Scottish Leaving Certificate Examination, 1956
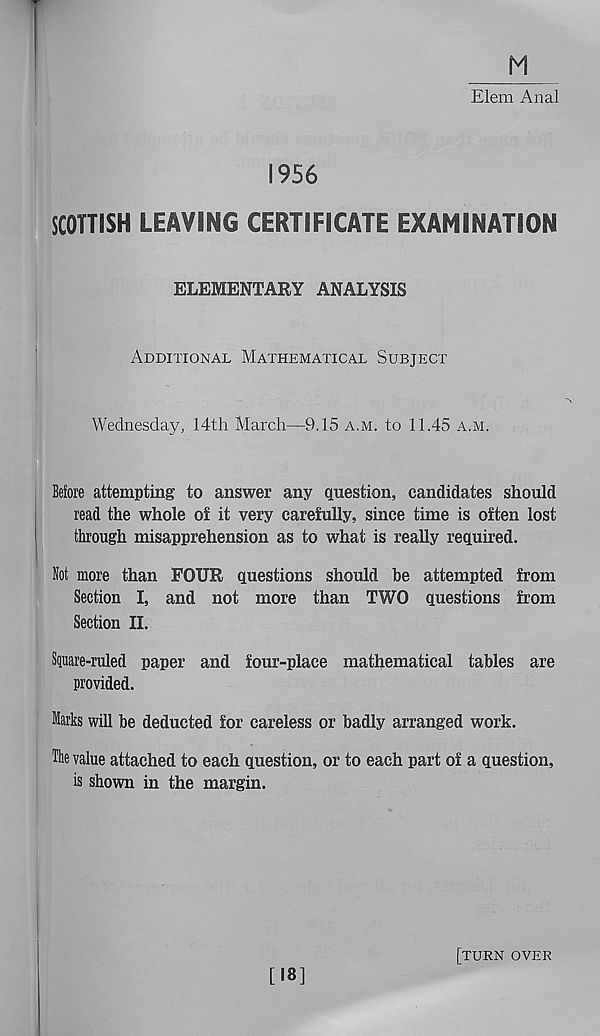
Elem Anal
1956
SCOTTISH LEAVING CERTIFICATE EXAMINATION
ELEMENTARY ANALYSIS
Additional Mathematical Subject
Wednesday, 14th March—9.15 a.m. to 11.45 a.m.
Before attempting to answer any question, candidates should
read the whole of it very carefully, since time is often lost
through misapprehension as to what is really required.
Not more than FOUR questions should be attempted from
Section I, and not more than TWO questions from
Section II.
Square-ruled paper and four-place mathematical tables are
provided.
Marks will be deducted for careless or badly arranged work.
The value attached to each question, or to each part of a question,
is shown in the margin.
[18]
[turn over